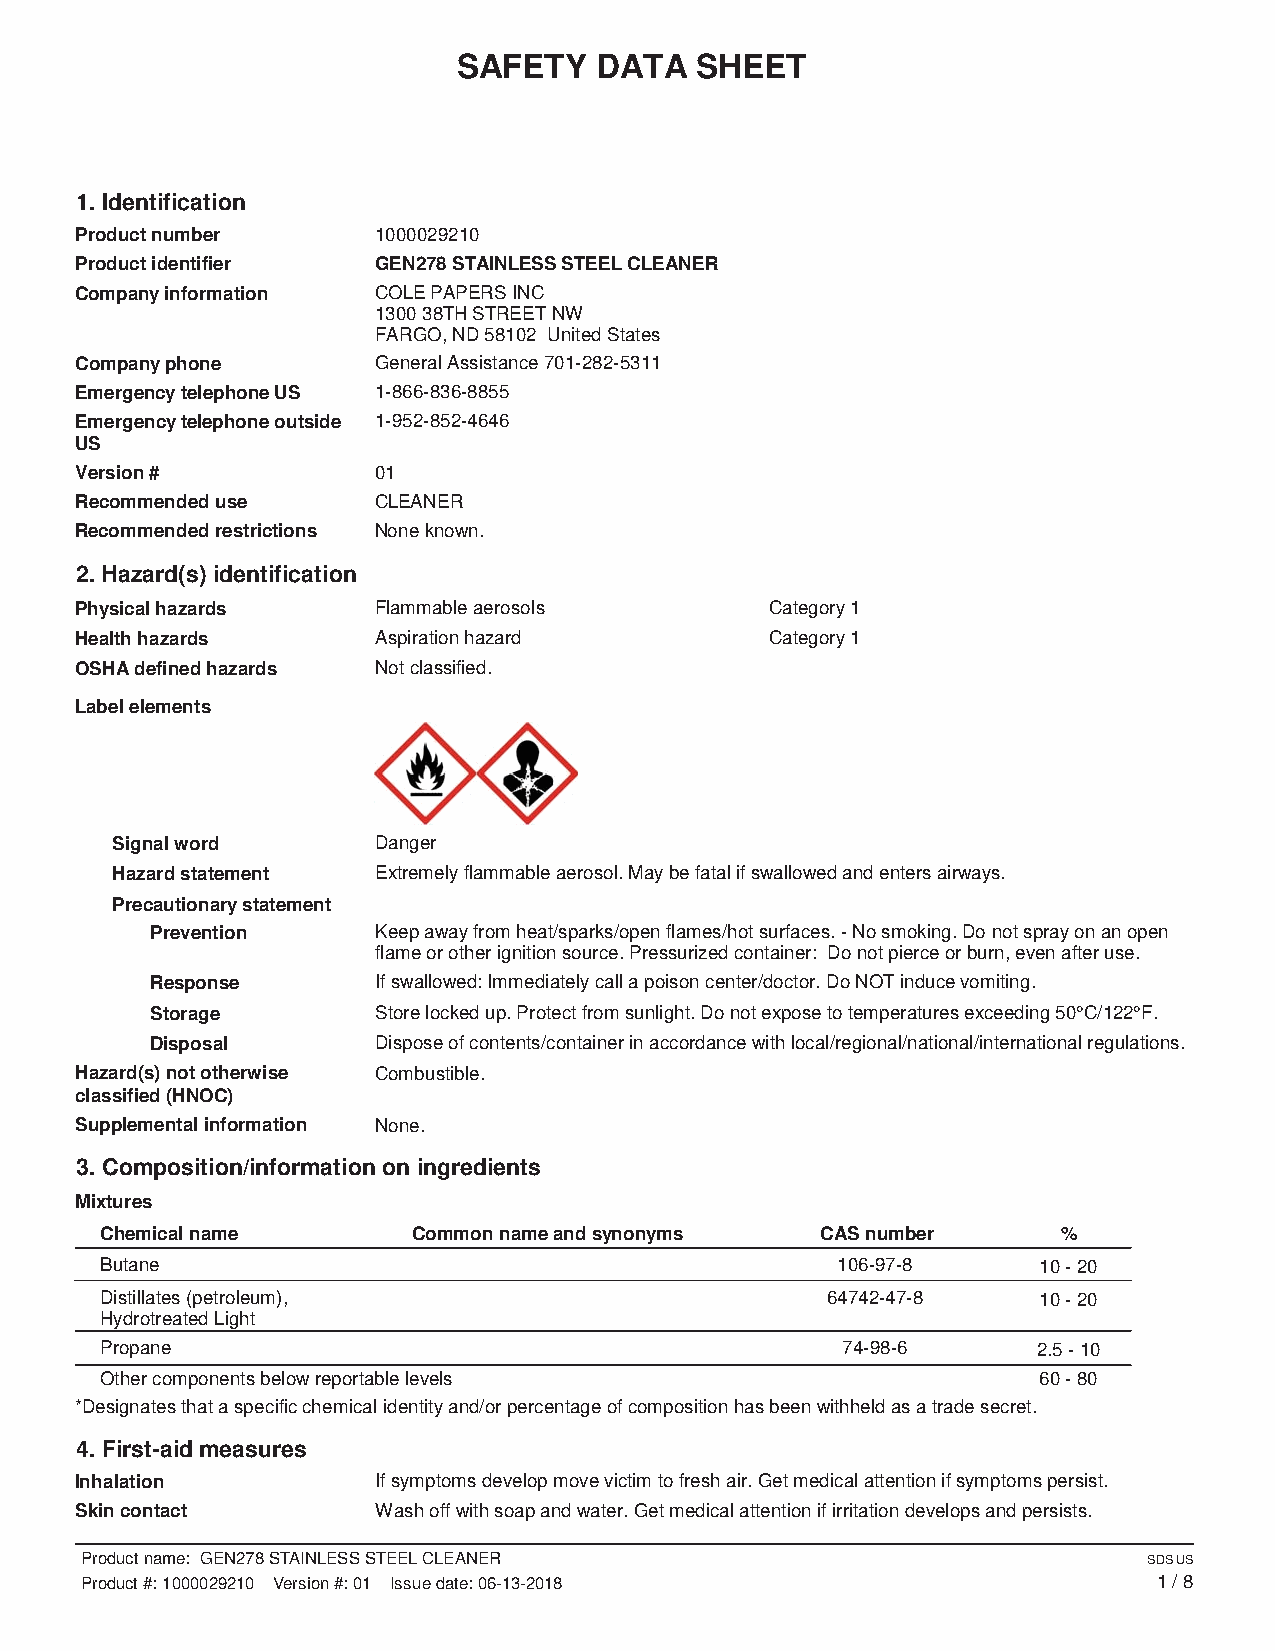
SAFETY   DATA   SHEET
 1. Identification
 Product number      1000029210
 Product identifier  GEN278 STAINLESS STEEL CLEANER
 Company information COLE PAPERS INC
 1300 38TH STREET NW
 FARGO, ND 58102 United States
 Company phone       General Assistance 701-282-5311
 Emergency telephone US 1-866-836-8855
 Emergency telephone outside 1-952-852-4646
 US
 Version #           01
 Recommended use     CLEANER
 Recommended restrictions None known.
 2. Hazard(s) identification
 Physical hazards    Flammable aerosols        Category 1
 Health hazards      Aspiration hazard         Category 1
 OSHA defined hazards Not classified.
 Label elements
 Signal word       Danger
 Hazard statement  Extremely flammable aerosol. May be fatal if swallowed and enters airways.
 Precautionary statement
 Prevention     Keep away from heat/sparks/open flames/hot surfaces. - No smoking. Do not spray on an open
 flame or other ignition source. Pressurized container: Do not pierce or burn, even after use.
 Response       If swallowed: Immediately call a poison center/doctor. Do NOT induce vomiting.
 Storage        Store locked up. Protect from sunlight. Do not expose to temperatures exceeding 50°C/122°F.
 Disposal       Dispose of contents/container in accordance with local/regional/national/international regulations.
 Hazard(s) not otherwise Combustible.
 classified (HNOC)
 Supplemental information None.
 3. Composition/information on ingredients
 Mixtures
 Chemical name       Common name and synonyms   CAS number      %
 Butane                                          106-97-8      10 - 20
 Distillates (petroleum),                        64742-47-8    10 - 20
 Hydrotreated Light
 Propane                                          74-98-6      2.5 - 10
 Other components below reportable levels                      60 - 80
 *Designates that a specific chemical identity and/or percentage of composition has been withheld as a trade secret.
 4. First-aid measures
 Inhalation          If symptoms develop move victim to fresh air. Get medical attention if symptoms persist.
 Skin contact        Wash off with soap and water. Get medical attention if irritation develops and persists.
 Product name: GEN278 STAINLESS STEEL CLEANER                           SDS US
 Product #: 1000029210 Version #: 01 Issue date: 06-13-2018              1 / 8